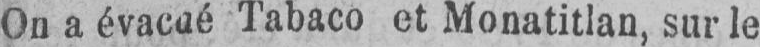
On a évacué Tabaco et Monatitlan, sur le